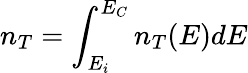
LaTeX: n_{T}=\int_{E_{i}}^{E_{C}}n_{T}(E)dE